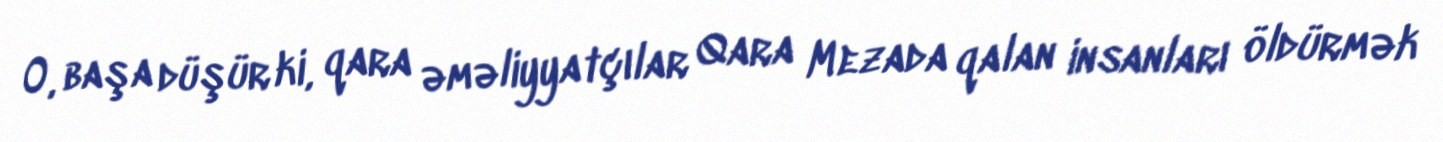
O, başa düşür ki, qara əməliyyatçılar Qara Mezada qalan insanları öldürmək